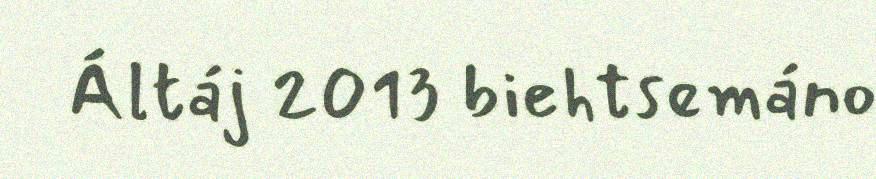
Áltáj 2013 biehtsemáno